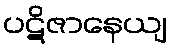
ပဋိဇာနေယျ